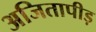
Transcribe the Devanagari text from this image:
अजितापीड़